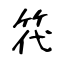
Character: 笩